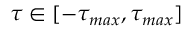
\tau \in [ - \tau _ { m a x } , \tau _ { m a x } ]